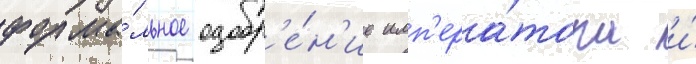
форма́льное одобр'е́н'ие имп'ера́тора и́